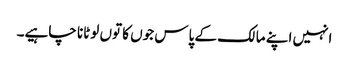
انہیں اپنے مالک کے پاس جوں کا توں لوٹانا چاہیے۔